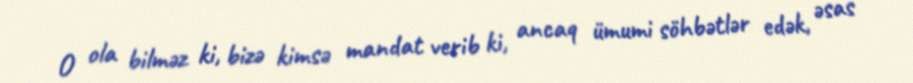
O ola bilməz ki, bizə kimsə mandat verib ki, ancaq ümumi söhbətlər edək, əsas